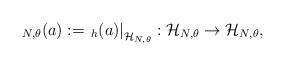
LaTeX: \begin{align*}_{N, \theta}(a):=\left._h(a)\right|_{\mathcal{H}_{N,\theta}}:\mathcal{H}_{N,\theta}\to \mathcal{H}_{N,\theta},\end{align*}